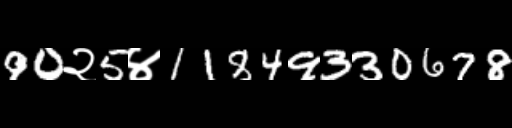
Text: 90२5४11849330678